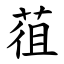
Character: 䓚